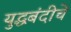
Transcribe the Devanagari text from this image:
युद्धबंदीचे